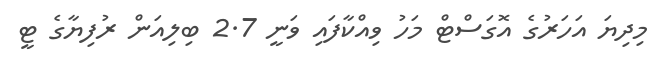
މިދިޔަ އަހަރުގެ އޮގަސްޓް މަހު ވިއްކާފައި ވަނީ 2.7 ބިލިއަން ރުފިޔާގެ ޓީ